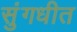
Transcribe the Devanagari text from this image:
सुंगधीत